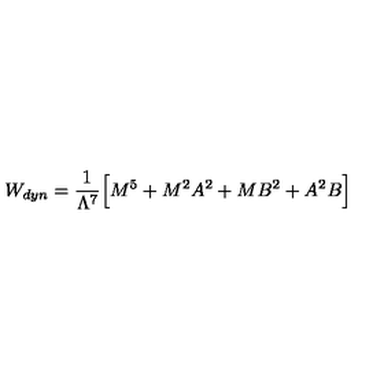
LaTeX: W _ { d y n } = \frac { 1 } { \Lambda ^ { 7 } } \Big [ M ^ { 5 } + M ^ { 2 } A ^ { 2 } + M B ^ { 2 } + A ^ { 2 } B \Big ]